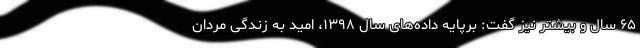
۶۵ سال و بیشتر نیز گفت: برپایه داده‌های سال ۱۳۹۸، امید به زندگی مردان